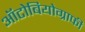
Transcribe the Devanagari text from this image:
ऑटोबियोग्राफी